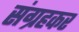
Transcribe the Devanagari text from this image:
संग्रहकर